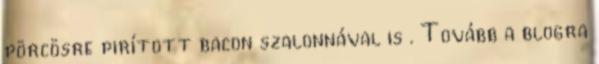
pörcösre pirított bacon szalonnával is . Tovább a blogra